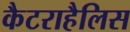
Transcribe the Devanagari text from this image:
कैटराहैलिस